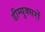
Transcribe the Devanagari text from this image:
डीम्युक्सरों